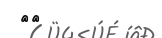
٩٢